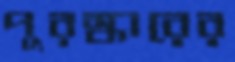
পুরস্কারের